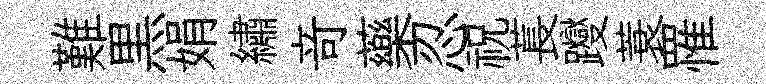
難黒娟繡竒藥忍祝萇躞蓑罹